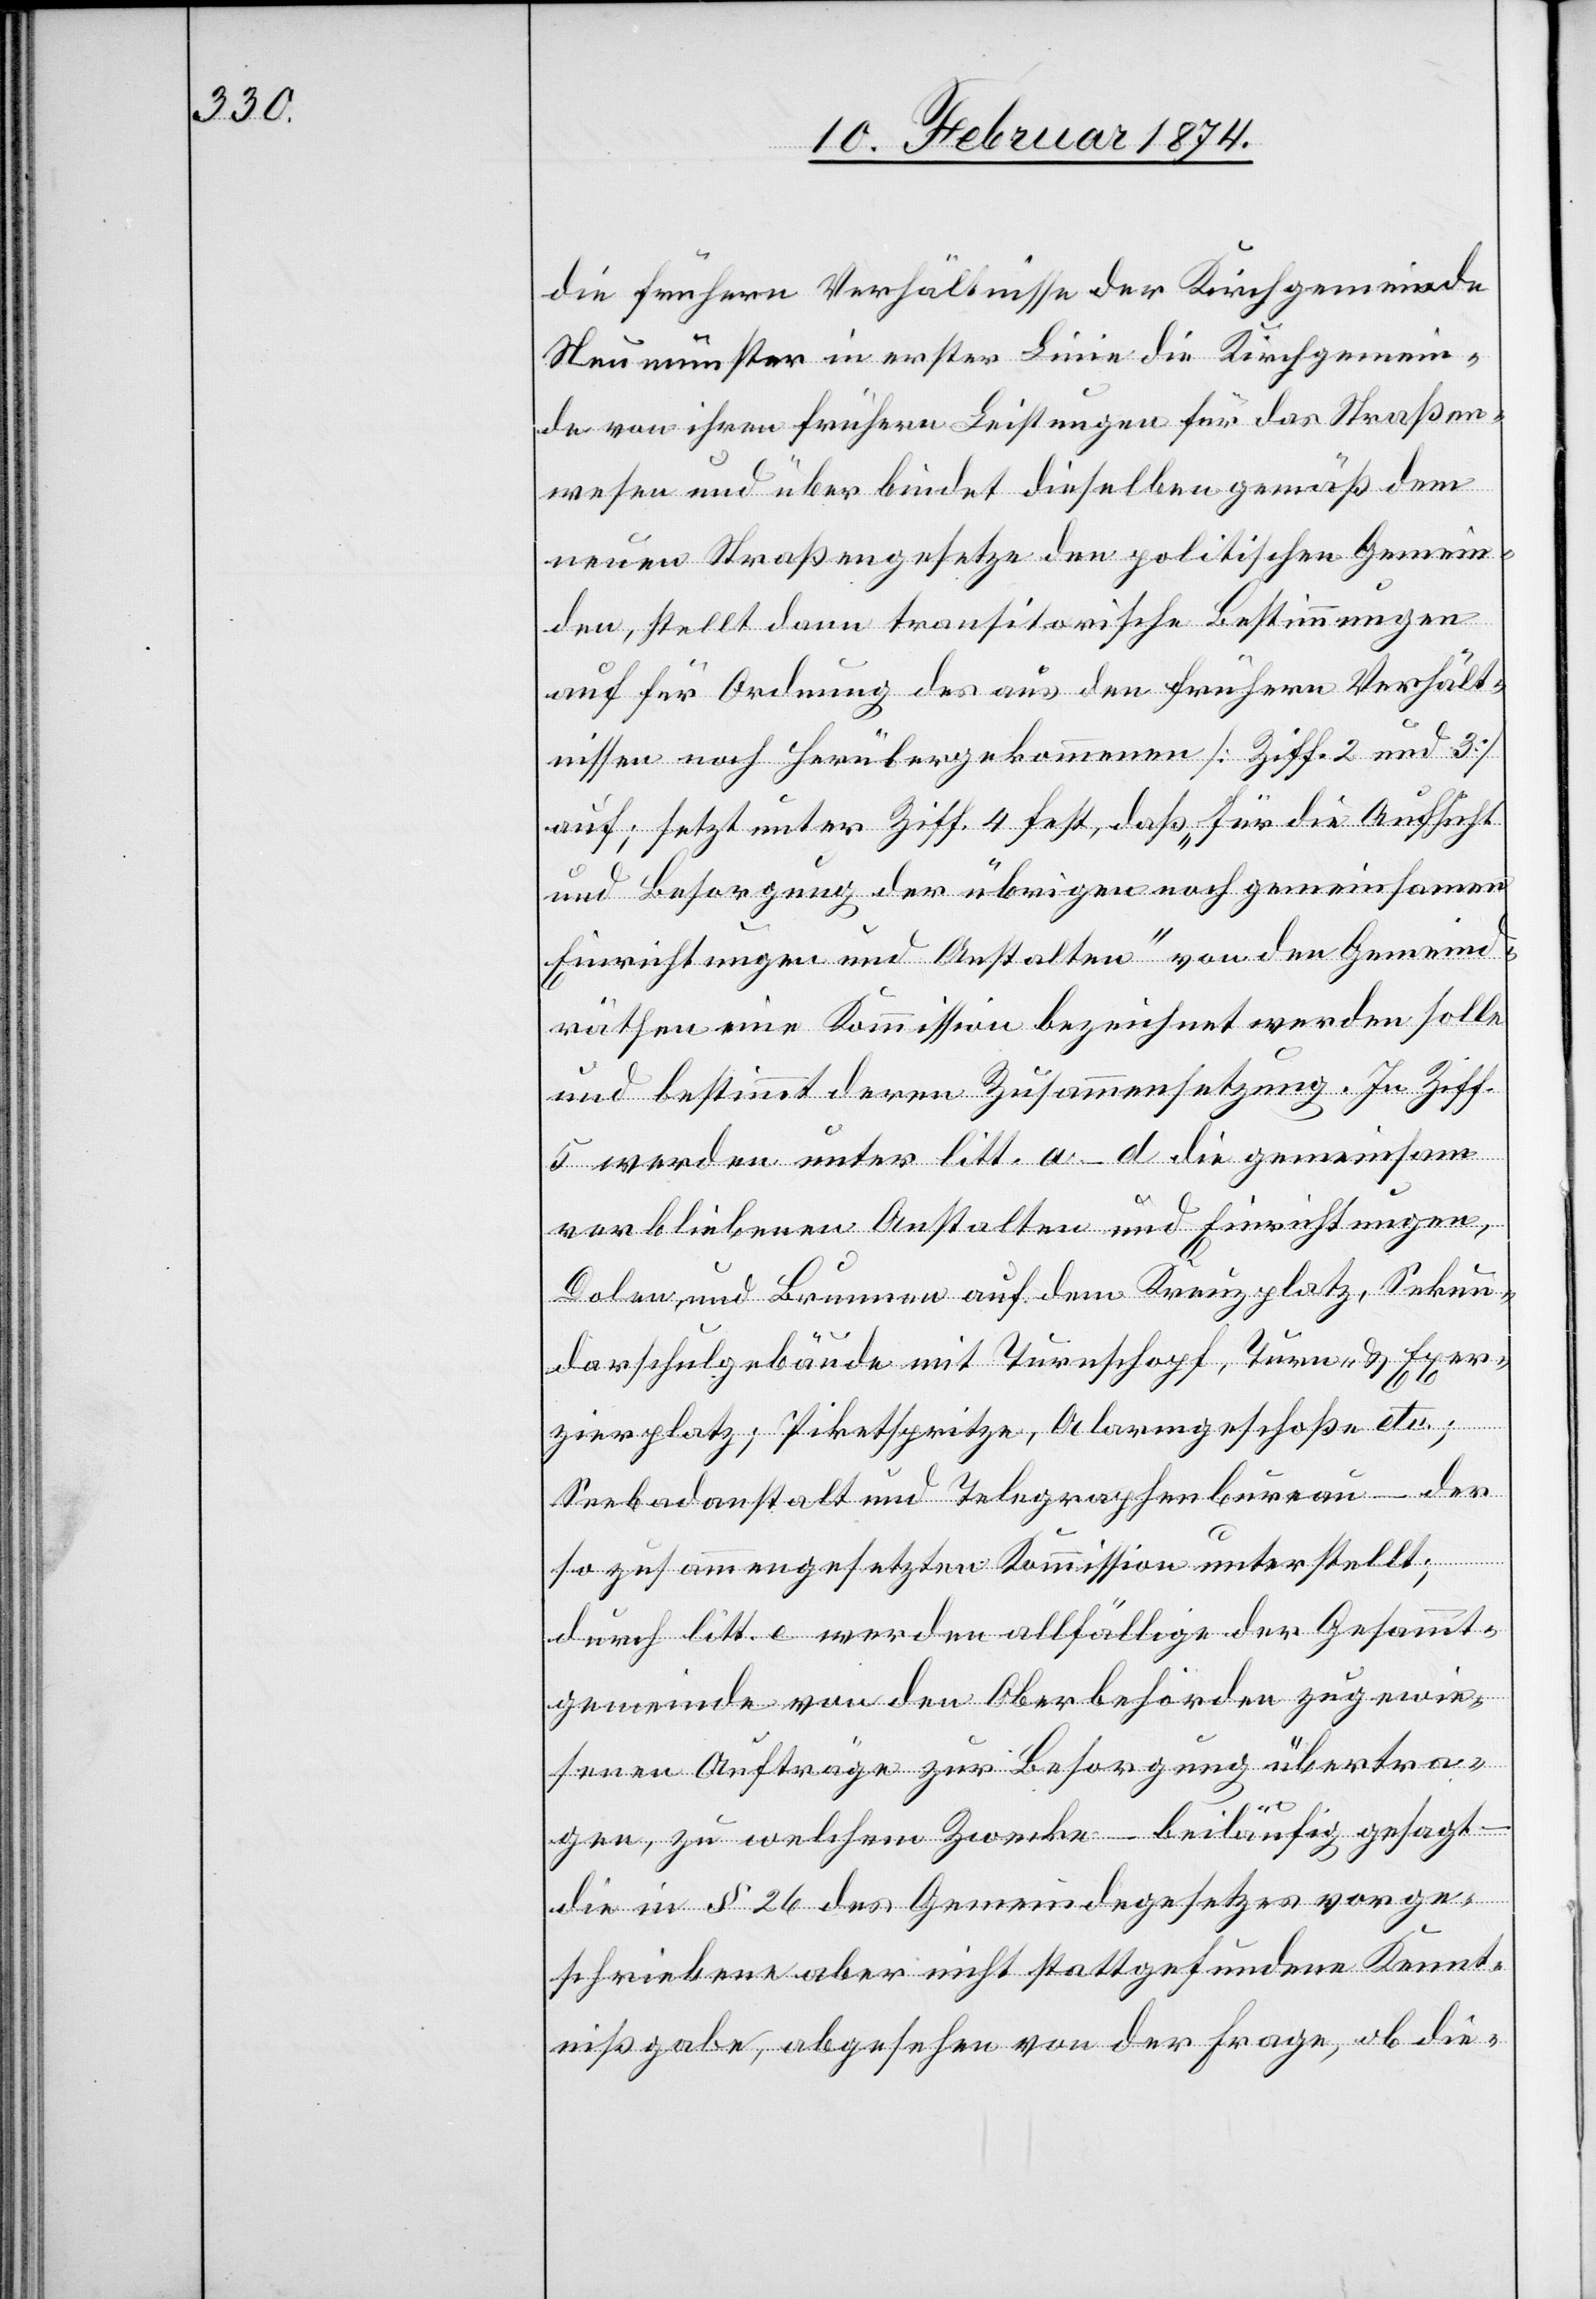
die frühere Verhältnisse der Kirchgemeinde
Neumünster in erster Linie die Kirchgemein¬
de von ihren frühern Leistungen für das Straßen¬
wesen und überbindet dieselben gemäß dem
neuen Straßengesetze den politischen Gemein¬
den, stellt dann transitorische Bestimmungen
auf für Ordnung des aus den frühern Verhält¬
nissen noch herübergekommenen [Ziff. 2 und 3]
auf; setzt unter Ziff. 4 fest, daß „für die Aufsicht
und Besorgung der übrigen noch gemeinsamen
Einrichtungen und Anstalten“ von den Gemeind¬
räthen eine Kommission bezeichnet werden solle
und bestimmt deren Zusammensetzung. In Ziff.
5 werden unter litt. a–d die gemeinsam
verbliebenen Anstalten und Einrichtungen,
Dolen, und Brunnen auf dem Kreuzplatz, Sekun¬
darschulgebäude mit Turnschopf, Turn- u. Exer¬
zierplatz; Piketspritze, Alarmgeschoße etc.;
Seebadanstalt und Telegraphenbureau – der
so zusammengesetzten Kommission unterstellt;
durch litt. e werden allfällige der Gesammt¬
gemeinde von den Oberbehörden zugewie¬
senen Aufträge zur Besorgung übertra¬
gen, zu welchem Zwecke – beiläufig gesagt
die in § 26 des Gemeindegesetzes vorge¬
schriebene aber nicht stattgefundene Kennt¬
nißgabe, abgesehen von der Frage, ob die-